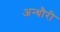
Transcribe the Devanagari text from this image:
अन्धौरी